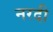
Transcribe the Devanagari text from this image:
नरदी